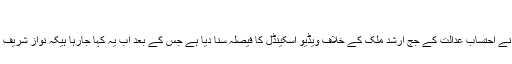
اہم انکشاف سامنے...
اسلام آباد: (پاک آنلائن نیوز) سپریم کورٹ نے احتساب عدالت کے جج ارشد ملک کے خلاف ویڈیو اسکینڈل کا فیصلہ سنا دیا ہے جس کے بعد اب یہ کہا جارہا ہیکہ نواز شریف کی دی گئی سزا بھی ختم کی جاسکتی ہے۔